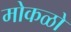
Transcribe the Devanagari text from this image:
मोकळो